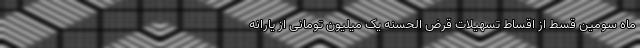
ماه سومین قسط از اقساط تسهیلات قرض الحسنه یک میلیون تومانی از یارانه